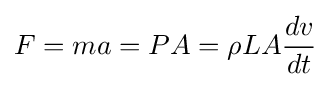
F=ma=PA=\rho LA{dv \over dt}